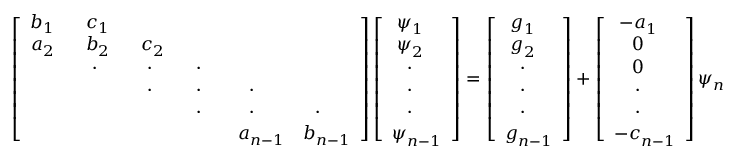
\left[ \begin{array} { c c c c c c c } { b _ { 1 ~ ~ } } & { c _ { 1 ~ ~ } } & & & & \\ { a _ { 2 ~ ~ } } & { b _ { 2 ~ ~ } } & { c _ { 2 ~ ~ } } & & & \\ & { \cdot { ~ ~ ~ } } & { \cdot { ~ ~ ~ } } & { \cdot { ~ ~ ~ } } & & \\ & & { \cdot { ~ ~ ~ } } & { \cdot { ~ ~ ~ } } & { \cdot { ~ ~ ~ } } & \\ & & & { \cdot { ~ ~ ~ } } & { \cdot { ~ ~ ~ } } & { \cdot { ~ ~ ~ } } \\ & & & & { a _ { n - 1 } } & { b _ { n - 1 } } \end{array} \right] \left[ { \begin{array} { c } { \psi _ { 1 ~ ~ } ^ { ~ } } \\ { \psi _ { 2 ~ ~ } ^ { ~ } } \\ { ~ \cdot _ { ~ ~ ~ } } \\ { ~ \cdot _ { ~ ~ ~ } } \\ { ~ \cdot _ { ~ ~ ~ } } \\ { \psi _ { n - 1 } ^ { ~ } } \end{array} } \right] = \left[ { \begin{array} { c } { g _ { 1 ~ ~ } ^ { ~ } } \\ { g _ { 2 ~ ~ } ^ { ~ } } \\ { ~ \cdot _ { ~ ~ ~ } } \\ { ~ \cdot _ { ~ ~ ~ } } \\ { ~ \cdot _ { ~ ~ ~ } } \\ { g _ { n - 1 } ^ { ~ } } \end{array} } \right] + \left[ { \begin{array} { c } { - a _ { 1 ~ ~ } ^ { ~ } } \\ { ~ 0 _ { ~ ~ ~ } ^ { ~ } } \\ { ~ 0 _ { ~ ~ ~ } ^ { ~ } } \\ { ~ \cdot _ { ~ ~ ~ } } \\ { ~ \cdot _ { ~ ~ ~ } } \\ { - c _ { n - 1 } ^ { ~ } } \end{array} } \right] \psi _ { n }